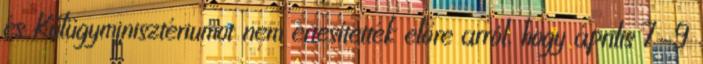
és Külügyminisztériumot nem értesítették előre arról, hogy április 7-9